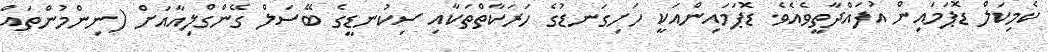
ކެމިކަލް ޑޮޕަމައިން އުފައްދާތީވެއެވެ. ޑޮޕަމައިންއަކީ ހަށިގަނޑުގެ ހަރަކާތްތަކާއި ސިކުނޑީގެ ބޭސަލް ގޭންގްލިއާއަށް (ނިންމުންތައް